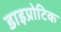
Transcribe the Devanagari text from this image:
डाइप्रोटिक